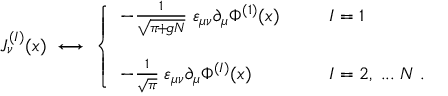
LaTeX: J _ { \nu } ^ { ( I ) } ( x ) \; \longleftrightarrow \; \left\{ \begin{array} { l l } { { - \frac { 1 } { \sqrt { \pi \! + \! g N } } \; \varepsilon _ { \mu \nu } \partial _ { \mu } \Phi ^ { ( 1 ) } ( x ) \; \; \; \; \; \; } } & { { I = 1 } } \\ { { \; } } & { { \; } } \\ { { - \frac { 1 } { \sqrt { \pi } } \; \varepsilon _ { \mu \nu } \partial _ { \mu } \Phi ^ { ( I ) } ( x ) \; \; \; \; \; \; } } & { { I = 2 , \; . . . \; N \; . } } \end{array} \right.